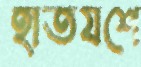
হাতযশে